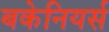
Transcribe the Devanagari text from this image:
बकेनियर्स